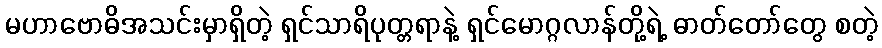
မဟာဗောဓိအသင်းမှာရှိတဲ့ ရှင်သာရိပုတ္တရာနဲ့ ရှင်မောဂ္ဂလာန်တို့ရဲ့ ဓာတ်တော်တွေ စတဲ့